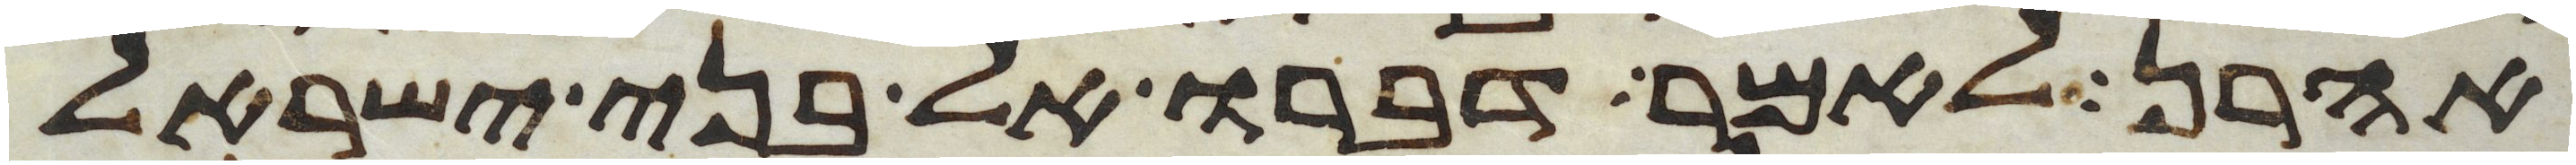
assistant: אהרן לאמר דברו אל בני ישראל